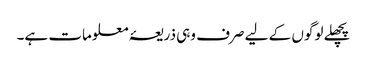
پچھلے لوگوں کے لیے صرف وہی ذریعۂ معلومات ہے۔